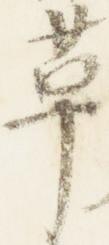
革